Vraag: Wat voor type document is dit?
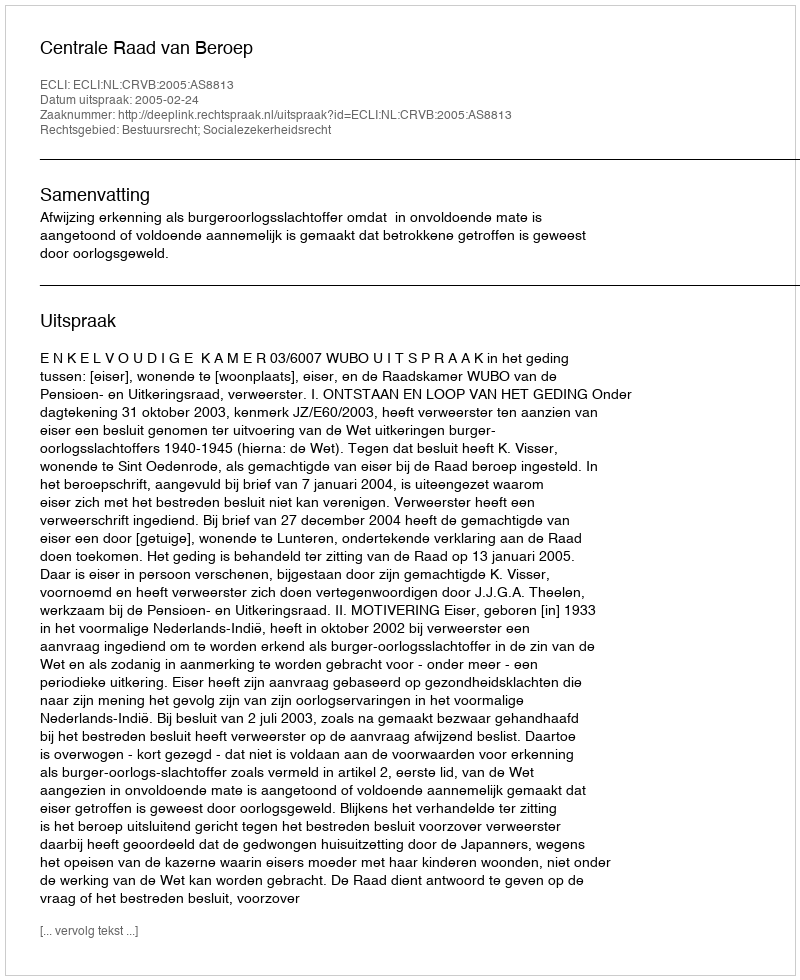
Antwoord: Uitspraak